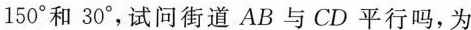
150°和30°，试问街道AB与CD平行吗，为